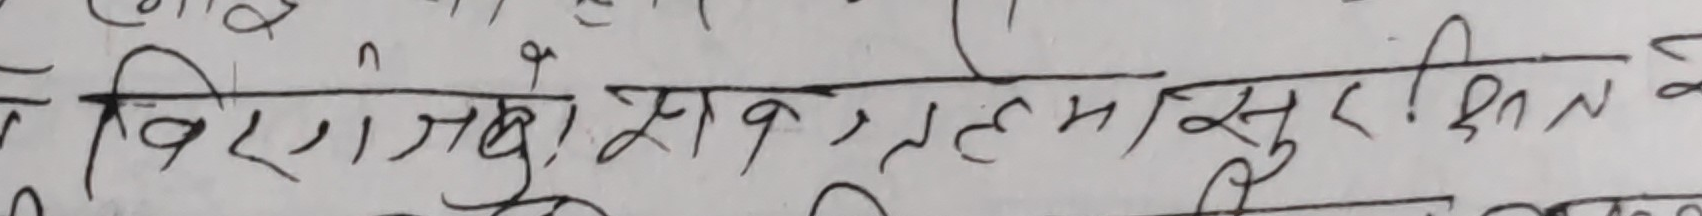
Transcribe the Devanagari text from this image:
विराग, साब, रहमा सुरक्षित